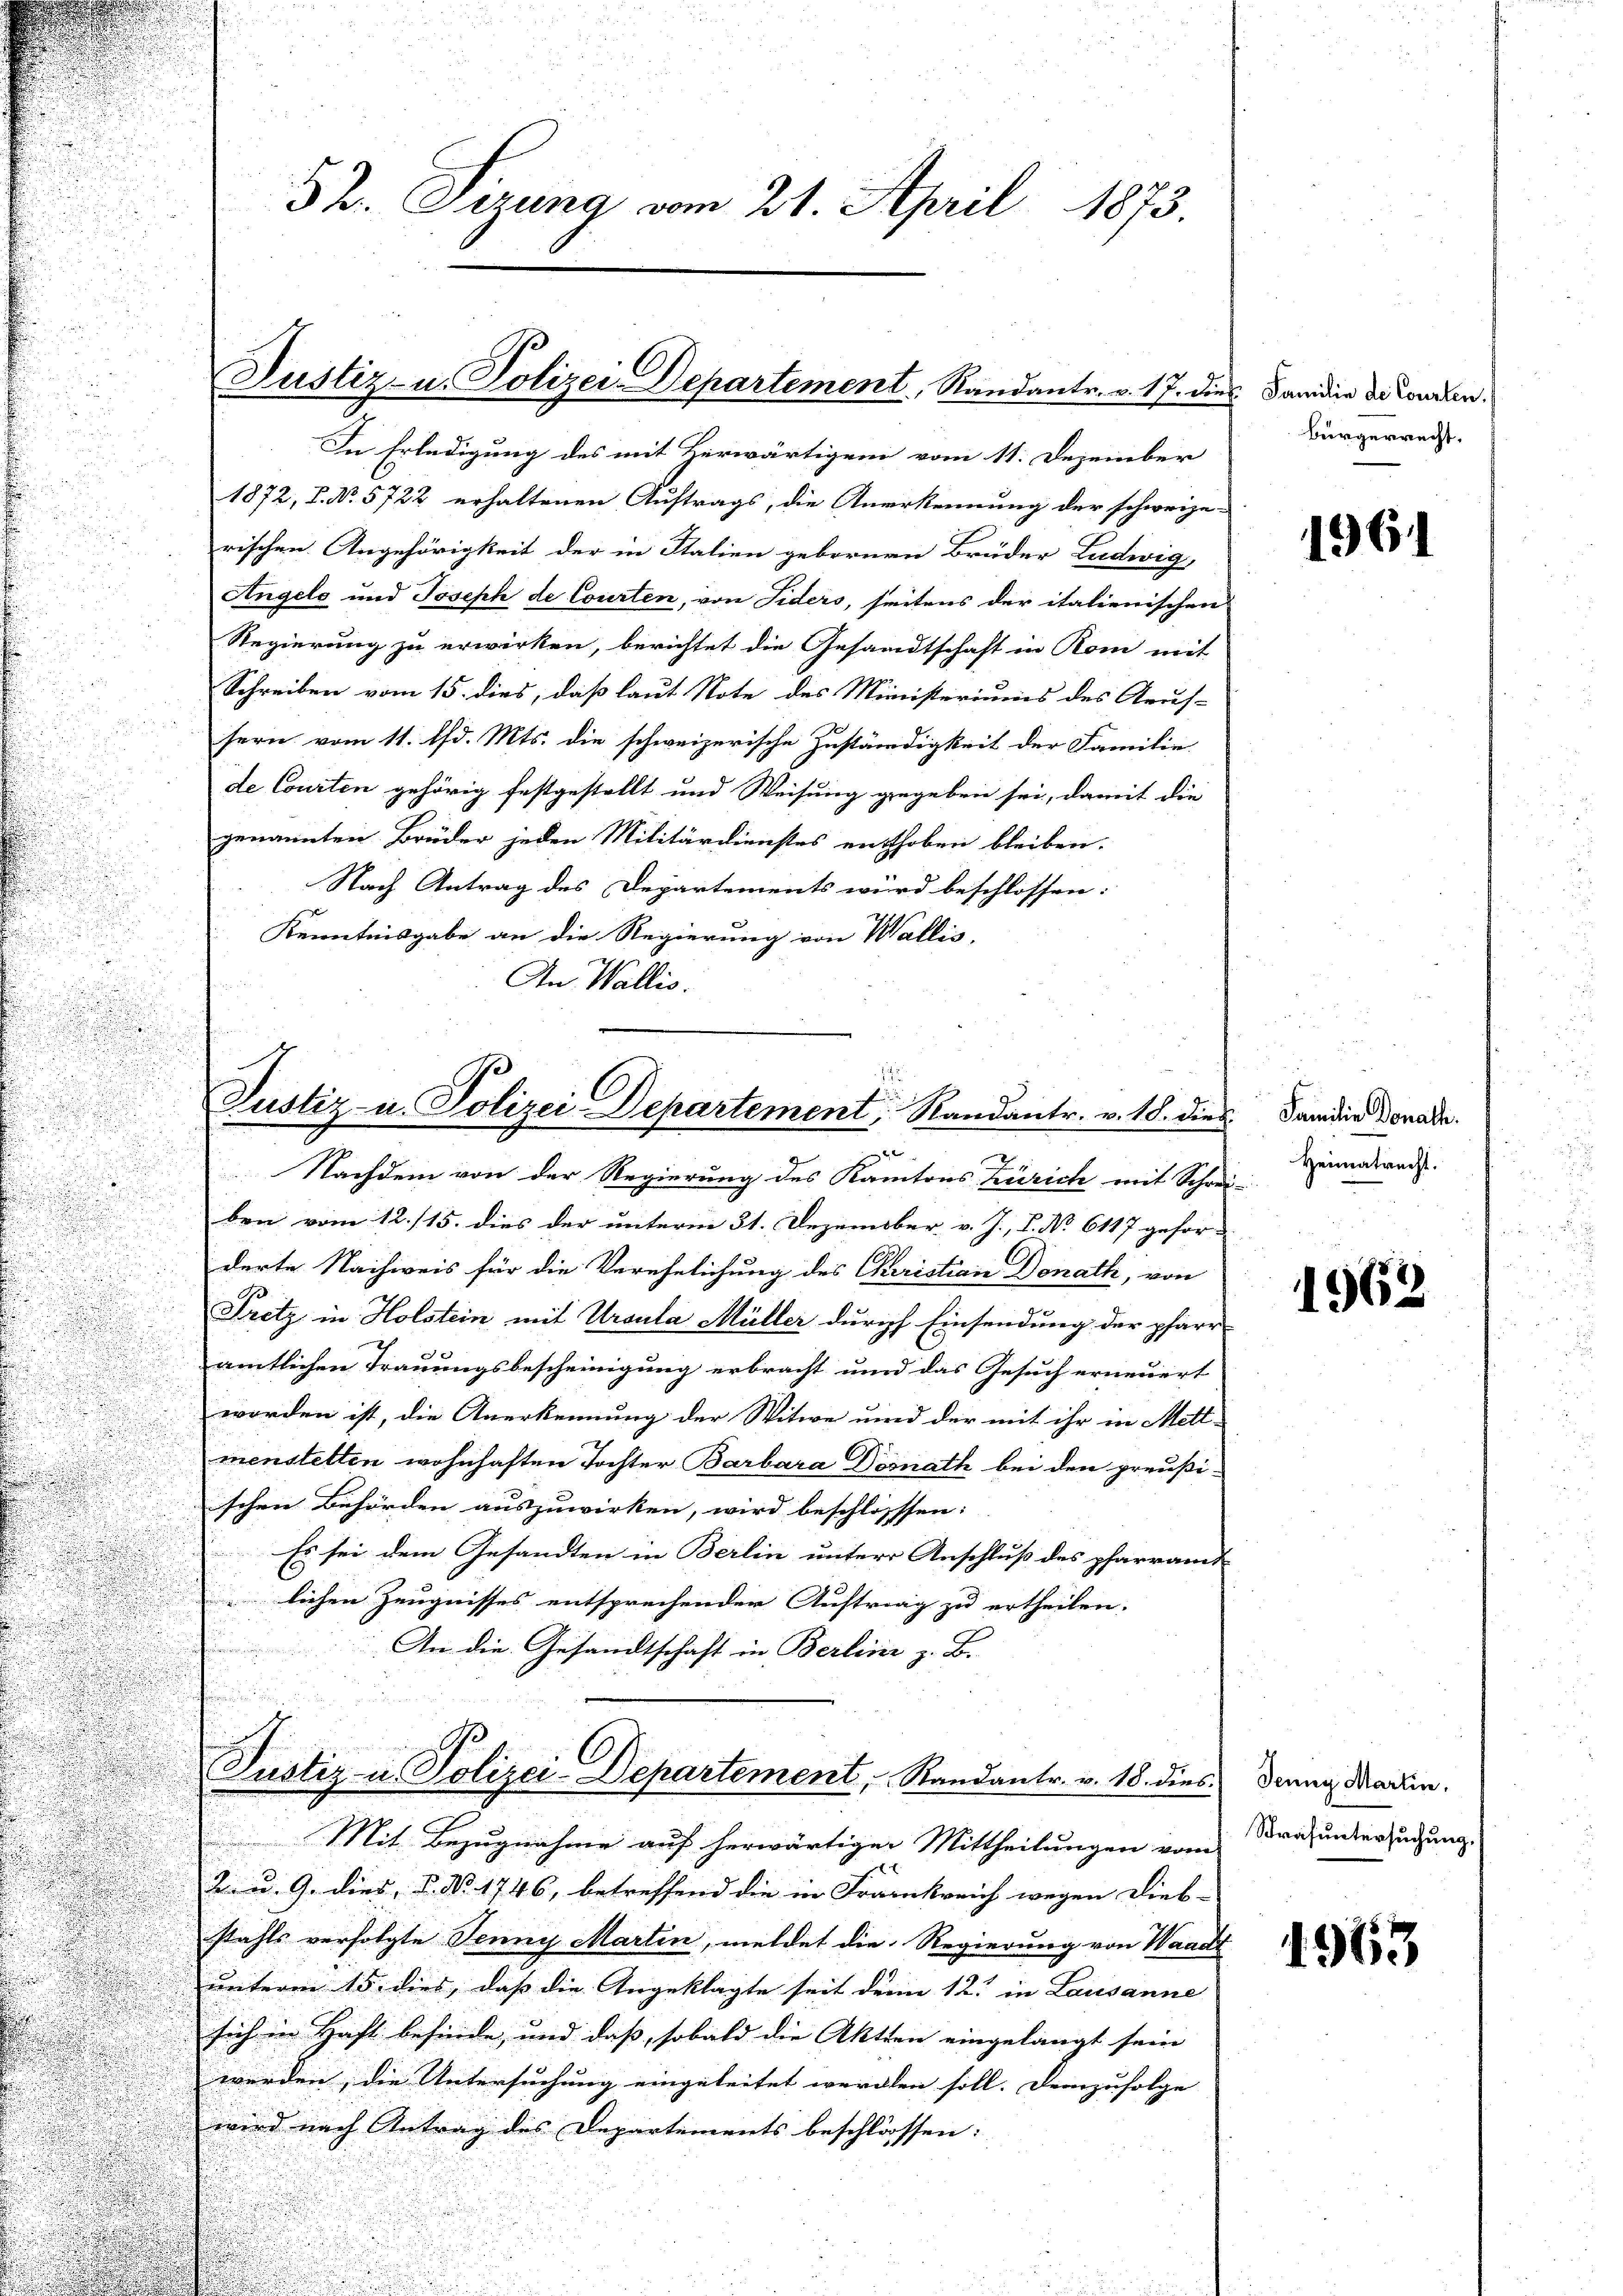
Justiz- u. Polizei-Departement, Randantr. v. 17. dies Sandie de Corren
In Erledigung des mit Herwärtigem vom 11. Dezember

52. Sizung vom 21. April 1873.

1872, 7. No. 5722 erhaltenen Auftrags, die Anerkennung der schweize-
rischen Angehörigkeit der in Stalien gebornen Brüder Ludwig,
Angels und Joseph de Courten, von Fiders, seitens der italienischen
Regierung zu erwirken, berichtet die Gesandtschaft in Rom mit
Schreiben vom 15. dies, daß laut Note des Ministeriums des Arres-
sern vom 11. d. Mts. die schweizerische Zuständigkeit der Familie
de Courten gehörig festgestellt und Weisung gegeben sei, damit die
genannten Brüder jeden Militärdienstes enthoben bleiben.
Nach Antrag des Departements wird beschlossen:
Kenntnisgabe an die Regierung von Wallis,
An Wallis.

Justiz- u. Polizei Departement, Randantr. v. 18. dies
x

Nachdem von der Regierung des Kantons Zürich mit Schre
ben vom 12./15. dies der unterm 31. Dezember v. J., P. No 6117 gefor-
derte Nachweis für die Verehelichung des Christian Donath, von
Pretz in Holstein mit Ursula Müller durch Einsendung der pfarr
amtlichen Trauungsbescheinigung erbracht und das Gesuch erneuert
worden ist, die Anerkennung der Witwe und der mit ihr in Mett-
menstelten wohnhaften Tochter Barbara Dösnath bei den preußi-
schen Behörden auszuwirken, wird beschlosssen:
Es sei dem Gesandten in Berlin unter Anschluß des pfarram
lichen Zeugnisses entsprechender Auftrag zu ertheilen.
An die Gesandtschaft in Berline z. B.
Ge
Justiz u. Polizei-Departement, Randantr. v. 18. dies Denng Martin.
Mit Bezugnahme auf herwärtigen Mittheilungen vom
2 u. 9. dies, u. No. 1746, betreffend die in Frankreich wegen Dieb-
stahls verfolgte Jenny Marten, meldet die Regierung von Waadt
unterm 15. dies, daß die Angeklagte seit denn 12. in Lausanne
sich in Haft befinde, und daß, sobald die Aktien eingelangt sein
werden, die Untersuchung eingeleitet werden soll. Demzufolge |
wird nach Antrag des Departements beschlossen:

Bürgerrecht.

.

t
t

1961

Familie Donath.
Heimatrecht.

1962

Strafuntersuchung.

1963